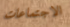
الاجتماعات